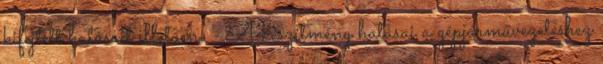
kifejtett hatásait illetően. - A készítmény hatásai a gépjárművezetéshez